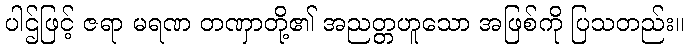
ပါဌ်ဖြင့် ဇရာ မရဏ တဏှာတို့၏ အညတ္တဟူသော အဖြစ်ကို ပြသတည်း။